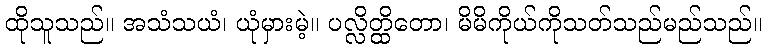
ထိုသူသည်။ အသံသယံ၊ ယုံမှားမဲ့။ ပလ္လိတ္ထိတော၊ မိမိကိုယ်ကိုသတ်သည်မည်သည်။